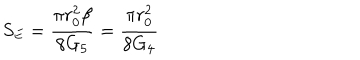
LaTeX: S _ { E } = \frac { \pi r _ { 0 } ^ { 2 } \beta } { 8 G _ { 5 } } = \frac { \pi r _ { 0 } ^ { 2 } } { 8 G _ { 4 } }